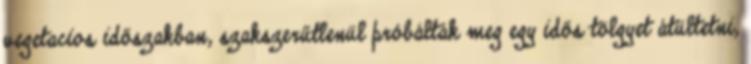
vegetacios időszakban, szakszerűtlenül próbálták meg egy idős tölgyet átültetni,